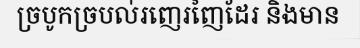
ច្របូកច្របល់រញេរញៃដែរ និងមាន